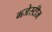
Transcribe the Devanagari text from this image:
मजेस्टीज